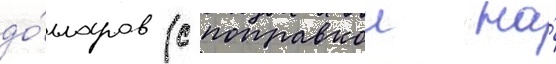
до́лларов (с поправкои на́